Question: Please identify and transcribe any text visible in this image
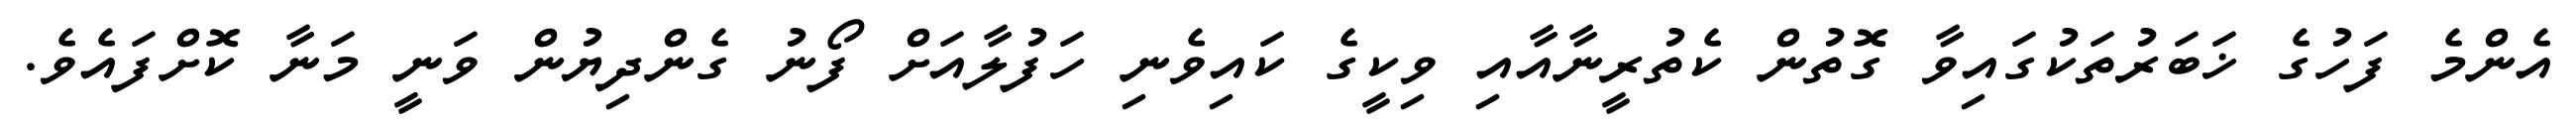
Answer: އެންމެ ފަހުގެ ޚަބަރުތަކުގައިވާ ގޮތުން ކެތުރީނާއާއި ވިކީގެ ކައިވެނި ހަފުލާއަށް ފޯނު ގެންދިޔުން ވަނީ މަނާ ކޮށްފައެވެ.